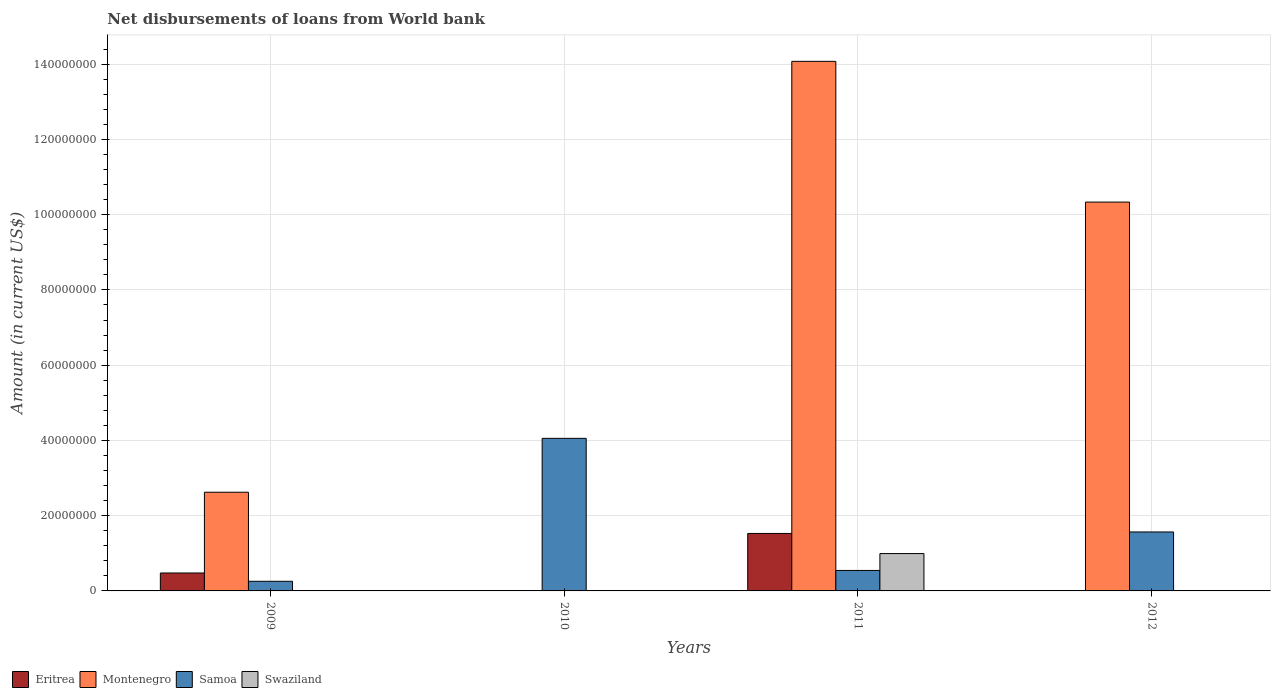
| Years | Eritrea | Montenegro | Samoa | Swaziland |
 | --- | --- | --- | --- | --- |
 | 2009 | 4.76e+06 | 2.62e+07 | 2.56e+06 | -8.84e+05 |
 | 2010 | 1.08e+05 | -5.36e+06 | 4.05e+07 | -1.65e+07 |
 | 2011 | 1.53e+07 | 1.41e+08 | 5.44e+06 | 9.92e+06 |
 | 2012 | -9.84e+06 | 1.03e+08 | 1.57e+07 | -1.11e+07 |